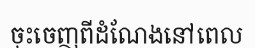
ចុះចេញពីដំណែងនៅពេល